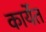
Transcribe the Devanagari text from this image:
कार्येत